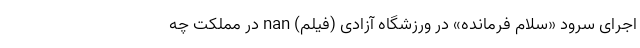
اجرای سرود «سلام فرمانده» در ورزشگاه آزادی (فیلم) nan در مملکت چه